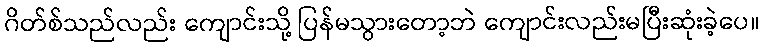
ဂိတ်စ်သည်လည်း ကျောင်းသို့ ပြန်မသွားတော့ဘဲ ကျောင်းလည်းမပြီးဆုံးခဲ့ပေ။